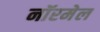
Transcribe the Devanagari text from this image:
नॉरमेल